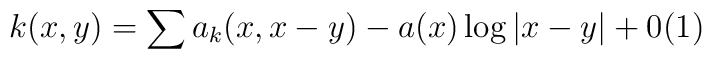
k(x,y) = \sum a_k (x,x-y) - a(x) \log \vert x-y \vert +0(1)